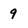
Character: 9